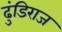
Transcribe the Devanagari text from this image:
ढुंडिराज